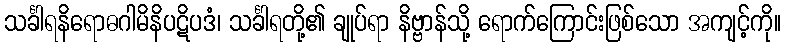
သင်္ခါရနိရောဓဂါမိနိပဋိပဒံ၊ သင်္ခါရတို့၏ ချုပ်ရာ နိဗ္ဗာန်သို့ ရောက်ကြောင်းဖြစ်သော အကျင့်ကို။